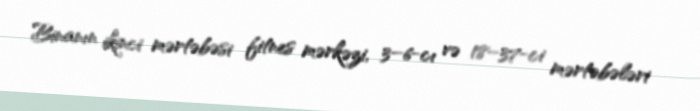
Binanın ikinci mərtəbəsi fitnes mərkəzi, 3–6-cı və 18–37-ci mərtəbələri